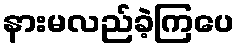
နားမလည်ခဲ့ကြပေ